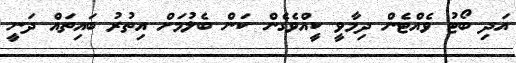
އަދި ބޯޓު ވެެއްޓެން ދިމާވީ ކީއްވެގެން ކަން ބެލުމަށް އިތުރު ބައިތައް ދަނީ